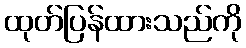
ထုတ်ပြန်ထားသည်ကို